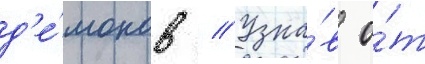
д'е́монов // Узна́в о́т